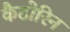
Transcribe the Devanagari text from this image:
कैटोरिन